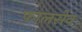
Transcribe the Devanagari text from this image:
फालसेव